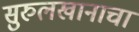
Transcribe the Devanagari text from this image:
सुरुलखानाचा